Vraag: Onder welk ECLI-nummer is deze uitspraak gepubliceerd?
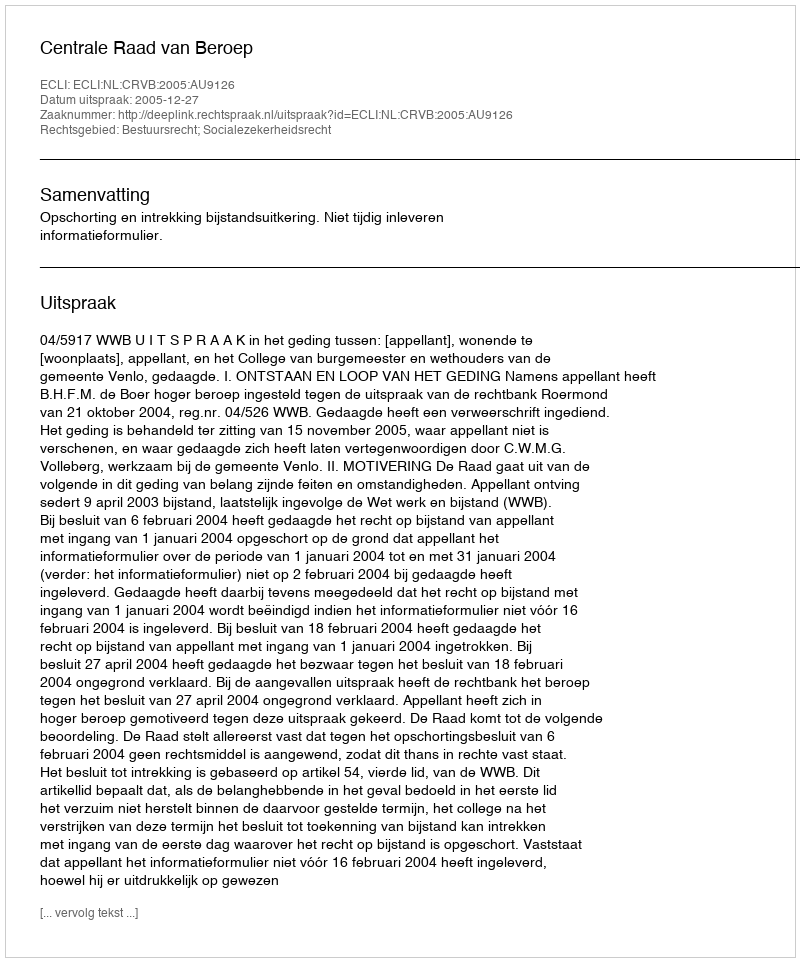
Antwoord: ECLI:NL:CRVB:2005:AU9126